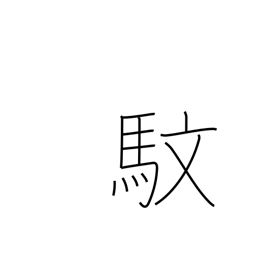
Meaning: zebra with yellow eyes and red mane